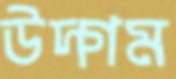
উদ্‌গম